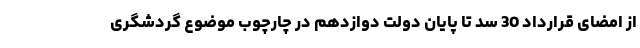
از امضای قرارداد 30 سد تا پایان دولت دوازدهم در چارچوب موضوع گردشگری